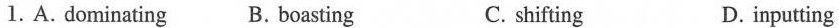
1. A. do minating B. boasting C. shifting D. inputting